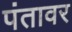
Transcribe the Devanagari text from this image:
पंतावर